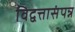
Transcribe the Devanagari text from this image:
विद्वत्तासंपन्न